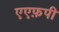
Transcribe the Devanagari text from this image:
एएफ़पी